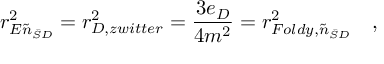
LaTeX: r _ { E \tilde { n } _ { \bar { S } D } } ^ { 2 } = r _ { D , z w i t t e r } ^ { 2 } = { \frac { 3 e _ { D } } { 4 m ^ { 2 } } } = r _ { F o l d y , \tilde { n } _ { \bar { S } D } } ^ { 2 } ~ ~ ~ ,